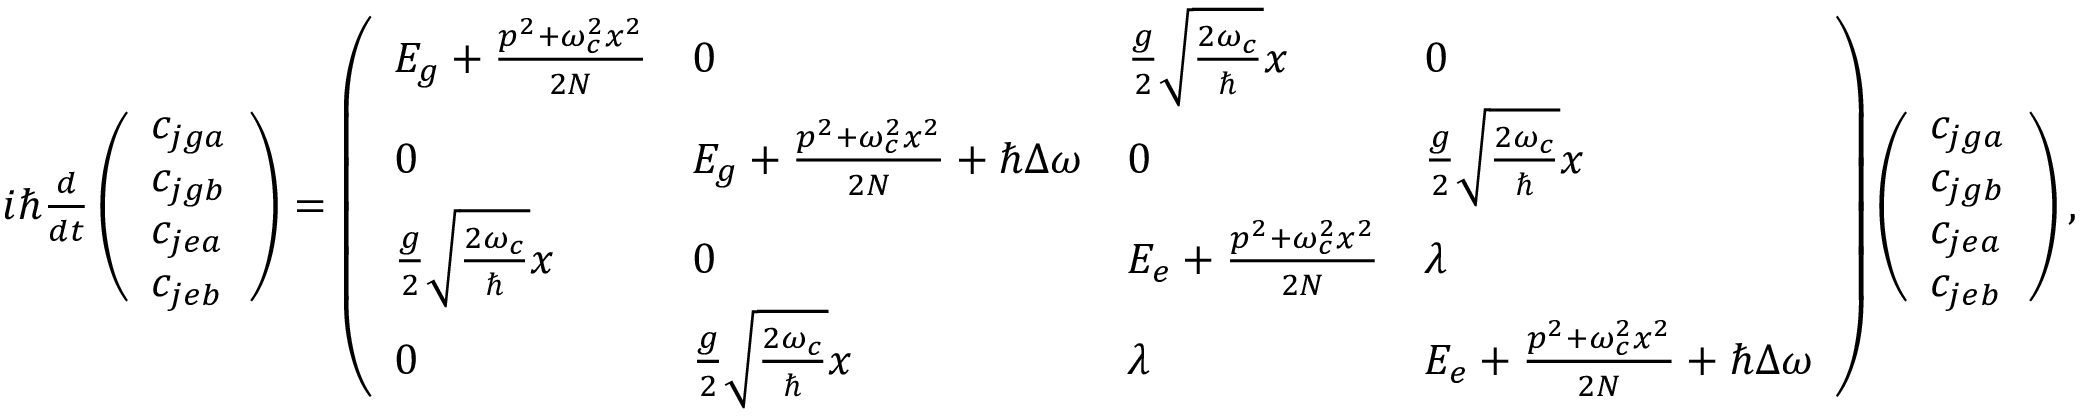
\begin{array} { r } { i \hbar \frac { d } { d t } \left( \begin{array} { l } { c _ { j g a } } \\ { c _ { j g b } } \\ { c _ { j e a } } \\ { c _ { j e b } } \end{array} \right) = \left( \begin{array} { l l l l } { E _ { g } + \frac { p ^ { 2 } + \omega _ { c } ^ { 2 } x ^ { 2 } } { 2 N } } & { 0 } & { \frac { g } { 2 } \sqrt { \frac { 2 \omega _ { c } } { \hbar } } x } & { 0 } \\ { 0 } & { E _ { g } + \frac { p ^ { 2 } + \omega _ { c } ^ { 2 } x ^ { 2 } } { 2 N } + \hbar \Delta \omega } & { 0 } & { \frac { g } { 2 } \sqrt { \frac { 2 \omega _ { c } } { \hbar } } x } \\ { \frac { g } { 2 } \sqrt { \frac { 2 \omega _ { c } } { \hbar } } x } & { 0 } & { E _ { e } + \frac { p ^ { 2 } + \omega _ { c } ^ { 2 } x ^ { 2 } } { 2 N } } & { \lambda } \\ { 0 } & { \frac { g } { 2 } \sqrt { \frac { 2 \omega _ { c } } { \hbar } } x } & { \lambda } & { E _ { e } + \frac { p ^ { 2 } + \omega _ { c } ^ { 2 } x ^ { 2 } } { 2 N } + \hbar \Delta \omega } \end{array} \right) \left( \begin{array} { l } { c _ { j g a } } \\ { c _ { j g b } } \\ { c _ { j e a } } \\ { c _ { j e b } } \end{array} \right) , } \end{array}